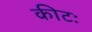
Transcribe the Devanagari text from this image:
कीटः